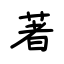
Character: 著